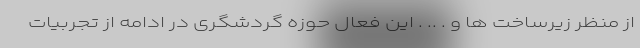
از منظر زیرساخت­ ها و . .. . این فعال حوزه گردشگری در ادامه از تجربیات